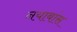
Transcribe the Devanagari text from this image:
नयाबांस